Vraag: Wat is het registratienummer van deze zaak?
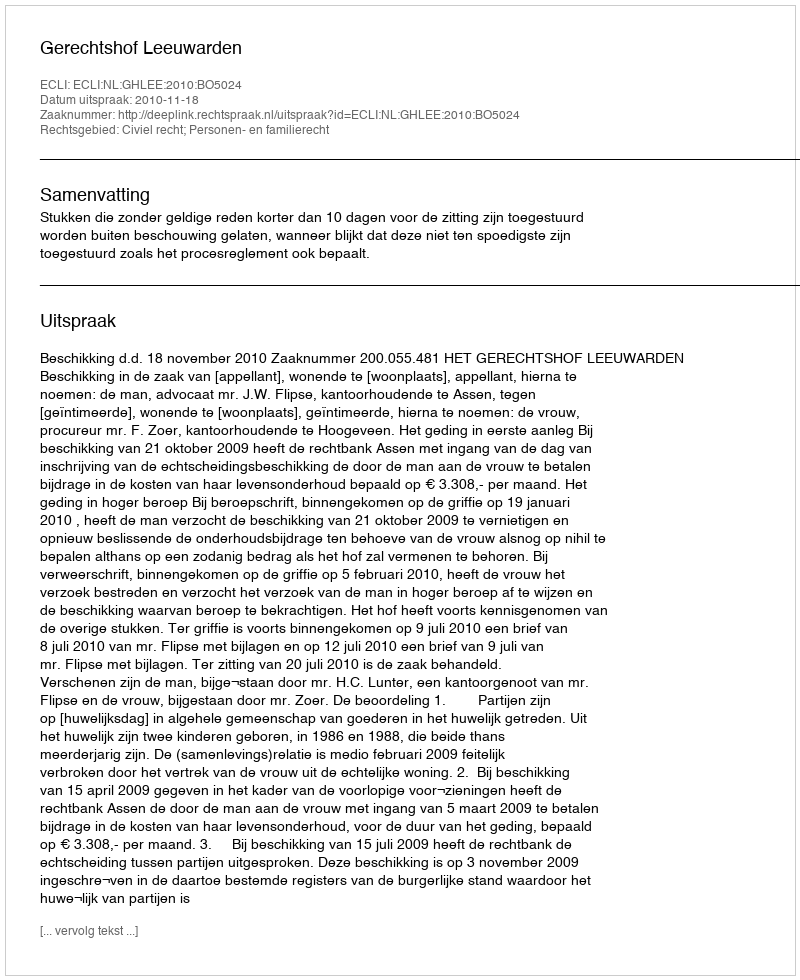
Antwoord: http://deeplink.rechtspraak.nl/uitspraak?id=ECLI:NL:GHLEE:2010:BO5024